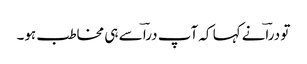
تو دراؔنے کہا کہ آپ دراؔ سے ہی مخاطب ہو۔